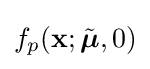
f_{p}(\mathbf {x} ;{\tilde {\boldsymbol {\mu }}},0)